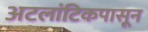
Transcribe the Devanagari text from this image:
अटलांटिकपासून